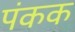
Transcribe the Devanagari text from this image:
पंकक